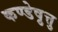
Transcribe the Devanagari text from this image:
कण्डेष़ुत्तु